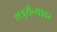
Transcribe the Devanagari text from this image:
शत्रुसैन्यावर